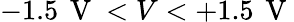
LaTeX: -1.5\, \mathrm{~V~}<V<+1.5\, \mathrm{~V~}